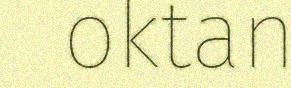
oktan